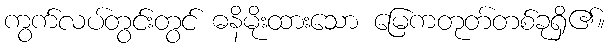
ကွက်လပ်တွင်းတွင် ဓနိမိုးထားသော မြေကတုတ်တစ်ခုရှိ၏။